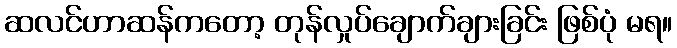
ဆလင်ဟာဆန်ကတော့ တုန်လှုပ်ချောက်ချားခြင်း ဖြစ်ပုံ မရ။